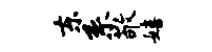
东系敬嬉